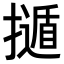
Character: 𢶿